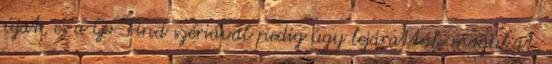
újat, és a Go-Find szériával pedig úgy lejáratták magukat,